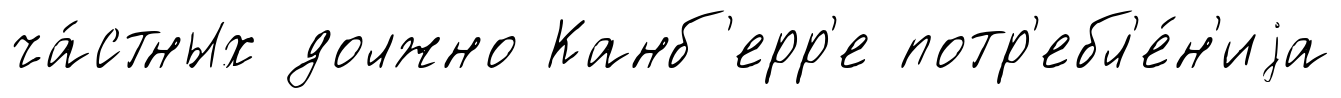
ча́стных должно Канб'ерр'е потр'ебл'е́н'иjа